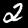
Digit: 2